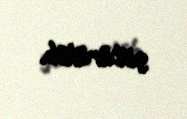
götürülüb.